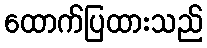
ထောက်ပြထားသည်